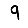
Digit: 9